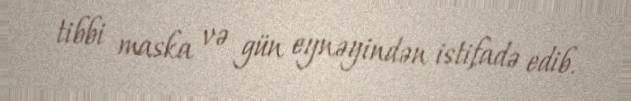
tibbi maska və gün eynəyindən istifadə edib.